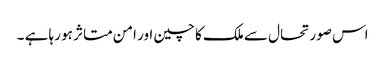
اس صورتحال سے ملک کا چین اور امن متاثر ہو رہا ہے ۔